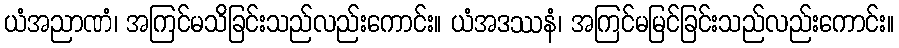
ယံအညာဏံ၊ အကြင်မသိခြင်းသည်လည်းကောင်း။ ယံအဒဿနံ၊ အကြင်မမြင်ခြင်းသည်လည်းကောင်း။